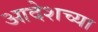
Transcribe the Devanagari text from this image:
आदेशच्या